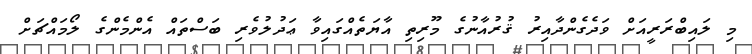
މި ލައިބްރަރީއަށް ވަދެގެންދާއިރު ޤުރުއާނުގެ މޫރިތި އާޔަތެއްގައިވާ ޢަދުލުވެރި ބަސްތައް އެންމެންގެ ލޯމައްޗަށް